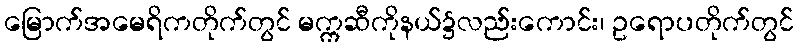
မြောက်အမေရိကတိုက်တွင် မက္ကဆီကိုနယ်၌လည်းကောင်း၊ ဥရောပတိုက်တွင်